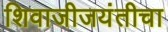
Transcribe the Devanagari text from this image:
शिवाजीजयंतीचा